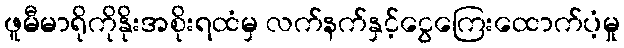
ဖူမီမာရိုကိုနိုးအစိုးရထံမှ လက်နက်နှင့်ငွေကြေးထောက်ပံ့မှု